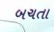
બચતા